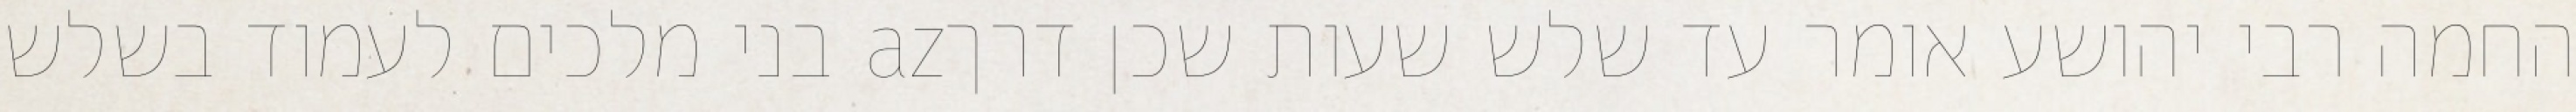
החמה רבי יהושע אומר עד שלש שעות שכן דרךaz בני מלכים לעמוד בשלש